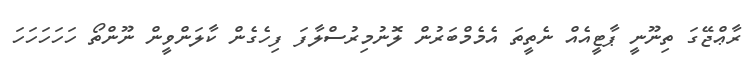
ރާޢްޖޭގަ ތިނޫނީ ޕާޓީއެއް ނެތީތަ އެމެމްބަރުން ލޮނުމިރުސްލާފަ ފިހެގެން ކާލަންވީން ނޫންތޯ ހަހަހަހަހަ